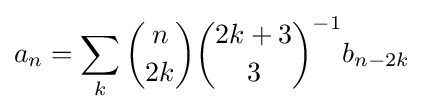
a_{n}=\sum _{k}{\binom {n}{2k}}{\binom {2k+3}{3}}^{-1}b_{n-2k}